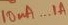
Text: 10µA...1A